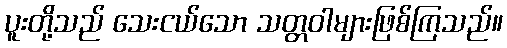
ပူးတို့သည် သေးငယ်သော သတ္တဝါများဖြစ်ကြသည်။